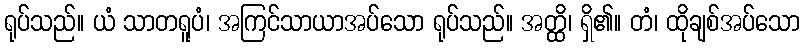
ရုပ်သည်။ ယံ သာတရူပံ၊ အကြင်သာယာအပ်သော ရုပ်သည်။ အတ္ထိ၊ ရှိ၏။ တံ၊ ထိုချစ်အပ်သော